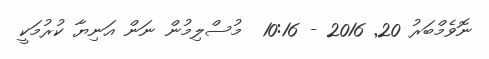
ނޮވެމްބަރު 20